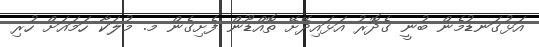
އަޅުގަނޑުމެން ބުނީ ގެދޮރު އަޅައިދޭށޭ ތޮއްޑޫން ފެށިގެން މ. މުލަކާ ހަމައަށް ހުރި